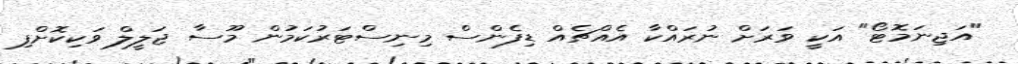
"އަޖިނަމޮޓޯ" އަކީ ވަރަށް ނުރައްކާ އެއްޗެއް ޑިފެންސް މިނިސްޓަރުކަމުން މޫސާ ޖަލީލް ވަކިކޮށްފި